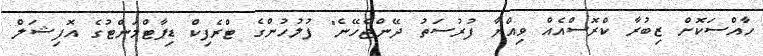
ހާއްސަކޮށް ޒިބުރާ ކްރޮސްއެއް ވިއްޔާ ފުރުސަތު ދޭންޖެހޭނެ" ފުލުހުންގެ ޓްރެފިކް ޑިޕާޓްމަންޓުގެ އޮފިޝަލް